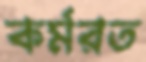
কর্মরত